Annual report on the working of the mental hospitals in the Madras Presidency - 1912-1932
Year: 1912
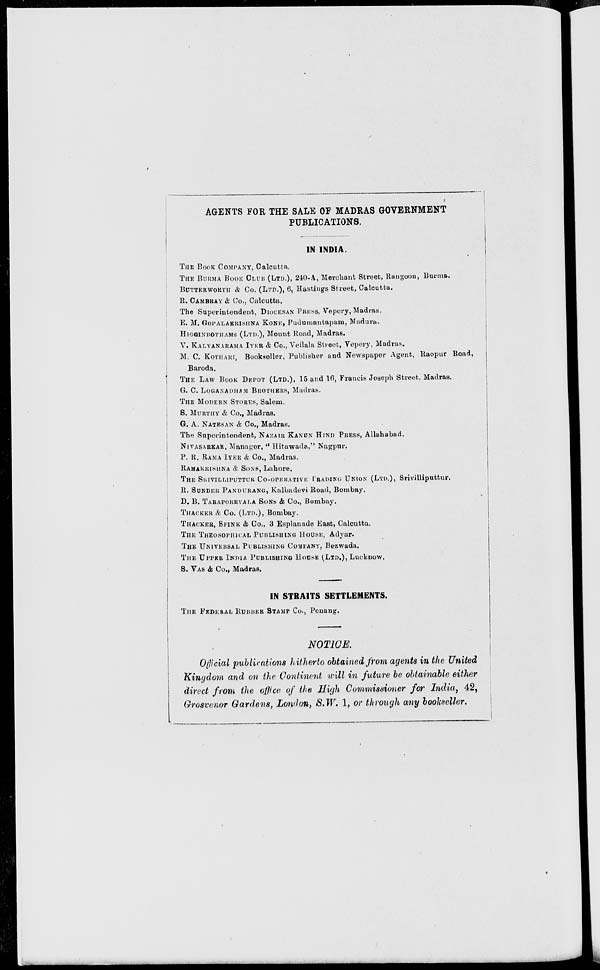
AGENTS FOR THE SALE OF MADRAS GOVERNMENT
PUBLICATIONS.
IN INDIA.
THE
BOOK
COMPANY,
Calcutta.
THE BURMA BOOk CLUB (LTD.), 240-A, Merchant Street, Rangoon, Burma.
BUTTERWORTH & Co. (LTD.), 6, Hastings Street, Calcutta.
R. CAMBRAY & Co., Calcutta.
The Superintendent, DIOCESAN PRESS, Vepery, Madras.
E. M. GOPALAKRISHNA KONE, Pudumantapam, Madura.
HIGGINBOTHAMS (LTD.), Mount Road, Madras.
V. KALYANARAMA IYER & Co., Veilala Street, Vepery, Madras.
M. C. KOTHARI. Bookseller, Publisher and Newspaper Agent, Raopur Road,
Baroda.
THE LAW BOOK DEPOT (LTD.), 15 and 16, Francis Joseph Street. Madras.
G. C. LOGANADHAM BROTHERA, Madras.
THE MODERN STORES, Salem.
S. MURTHY & Co., Madras.
G.
A. NATESAN & Co., Madras.
The Superintendent, NAZAIR KANUN HIND PRESS, Allahabad.
NIVASARKAR, Manager, " Hitawada," Nagpur.
P. R. RAMA IYER & Co., Madras.
RAMAKRISNNA & SONS, Lahore.
THE SRIVILLIPUTTUR Co-OPERATIVE TRADING UNION (LTD.), Srivilliputtur.
R. SUNDER PANDURANG, Kalbadevi Road, Bombay.
D. B. TARAPOREVALA SONS & Co., Bombay.
THACKER & Co. (LTD.), Bombay.
THACKER, SPINK & Co., 3 Esplanade East, Calcutta.
THE THEOSOPHICAL PUBLISHING HOUSE, Adyar.
THE UNIVERSAL PUBLISHING COMPANY, Bezwada.
THE UPPER INDIA PUBLISHING HOUSE (LTD.), Lucknow.
S. VAS & Co., Madras.
IN STRAITS SETTLEMENTS.
THE FEDERAL RUBBER STAMP Co., Ponang.
NOTICE.
Official publications hitherto obtained from agents in the United
Kingdom and on the Continent will in future be obtainable either
direct from the office of the High Commissioner for India, 42,
Grosvenor Gardens, London, S.W. 1, or through any bookseller.